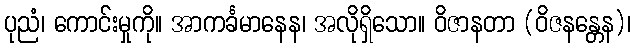
ပုညံ၊ ကောင်းမှုကို။ အာကင်္ခမာနေန၊ အလိုရှိသော။ ဝိဇာနတာ (ဝိဇနန္တေန)၊